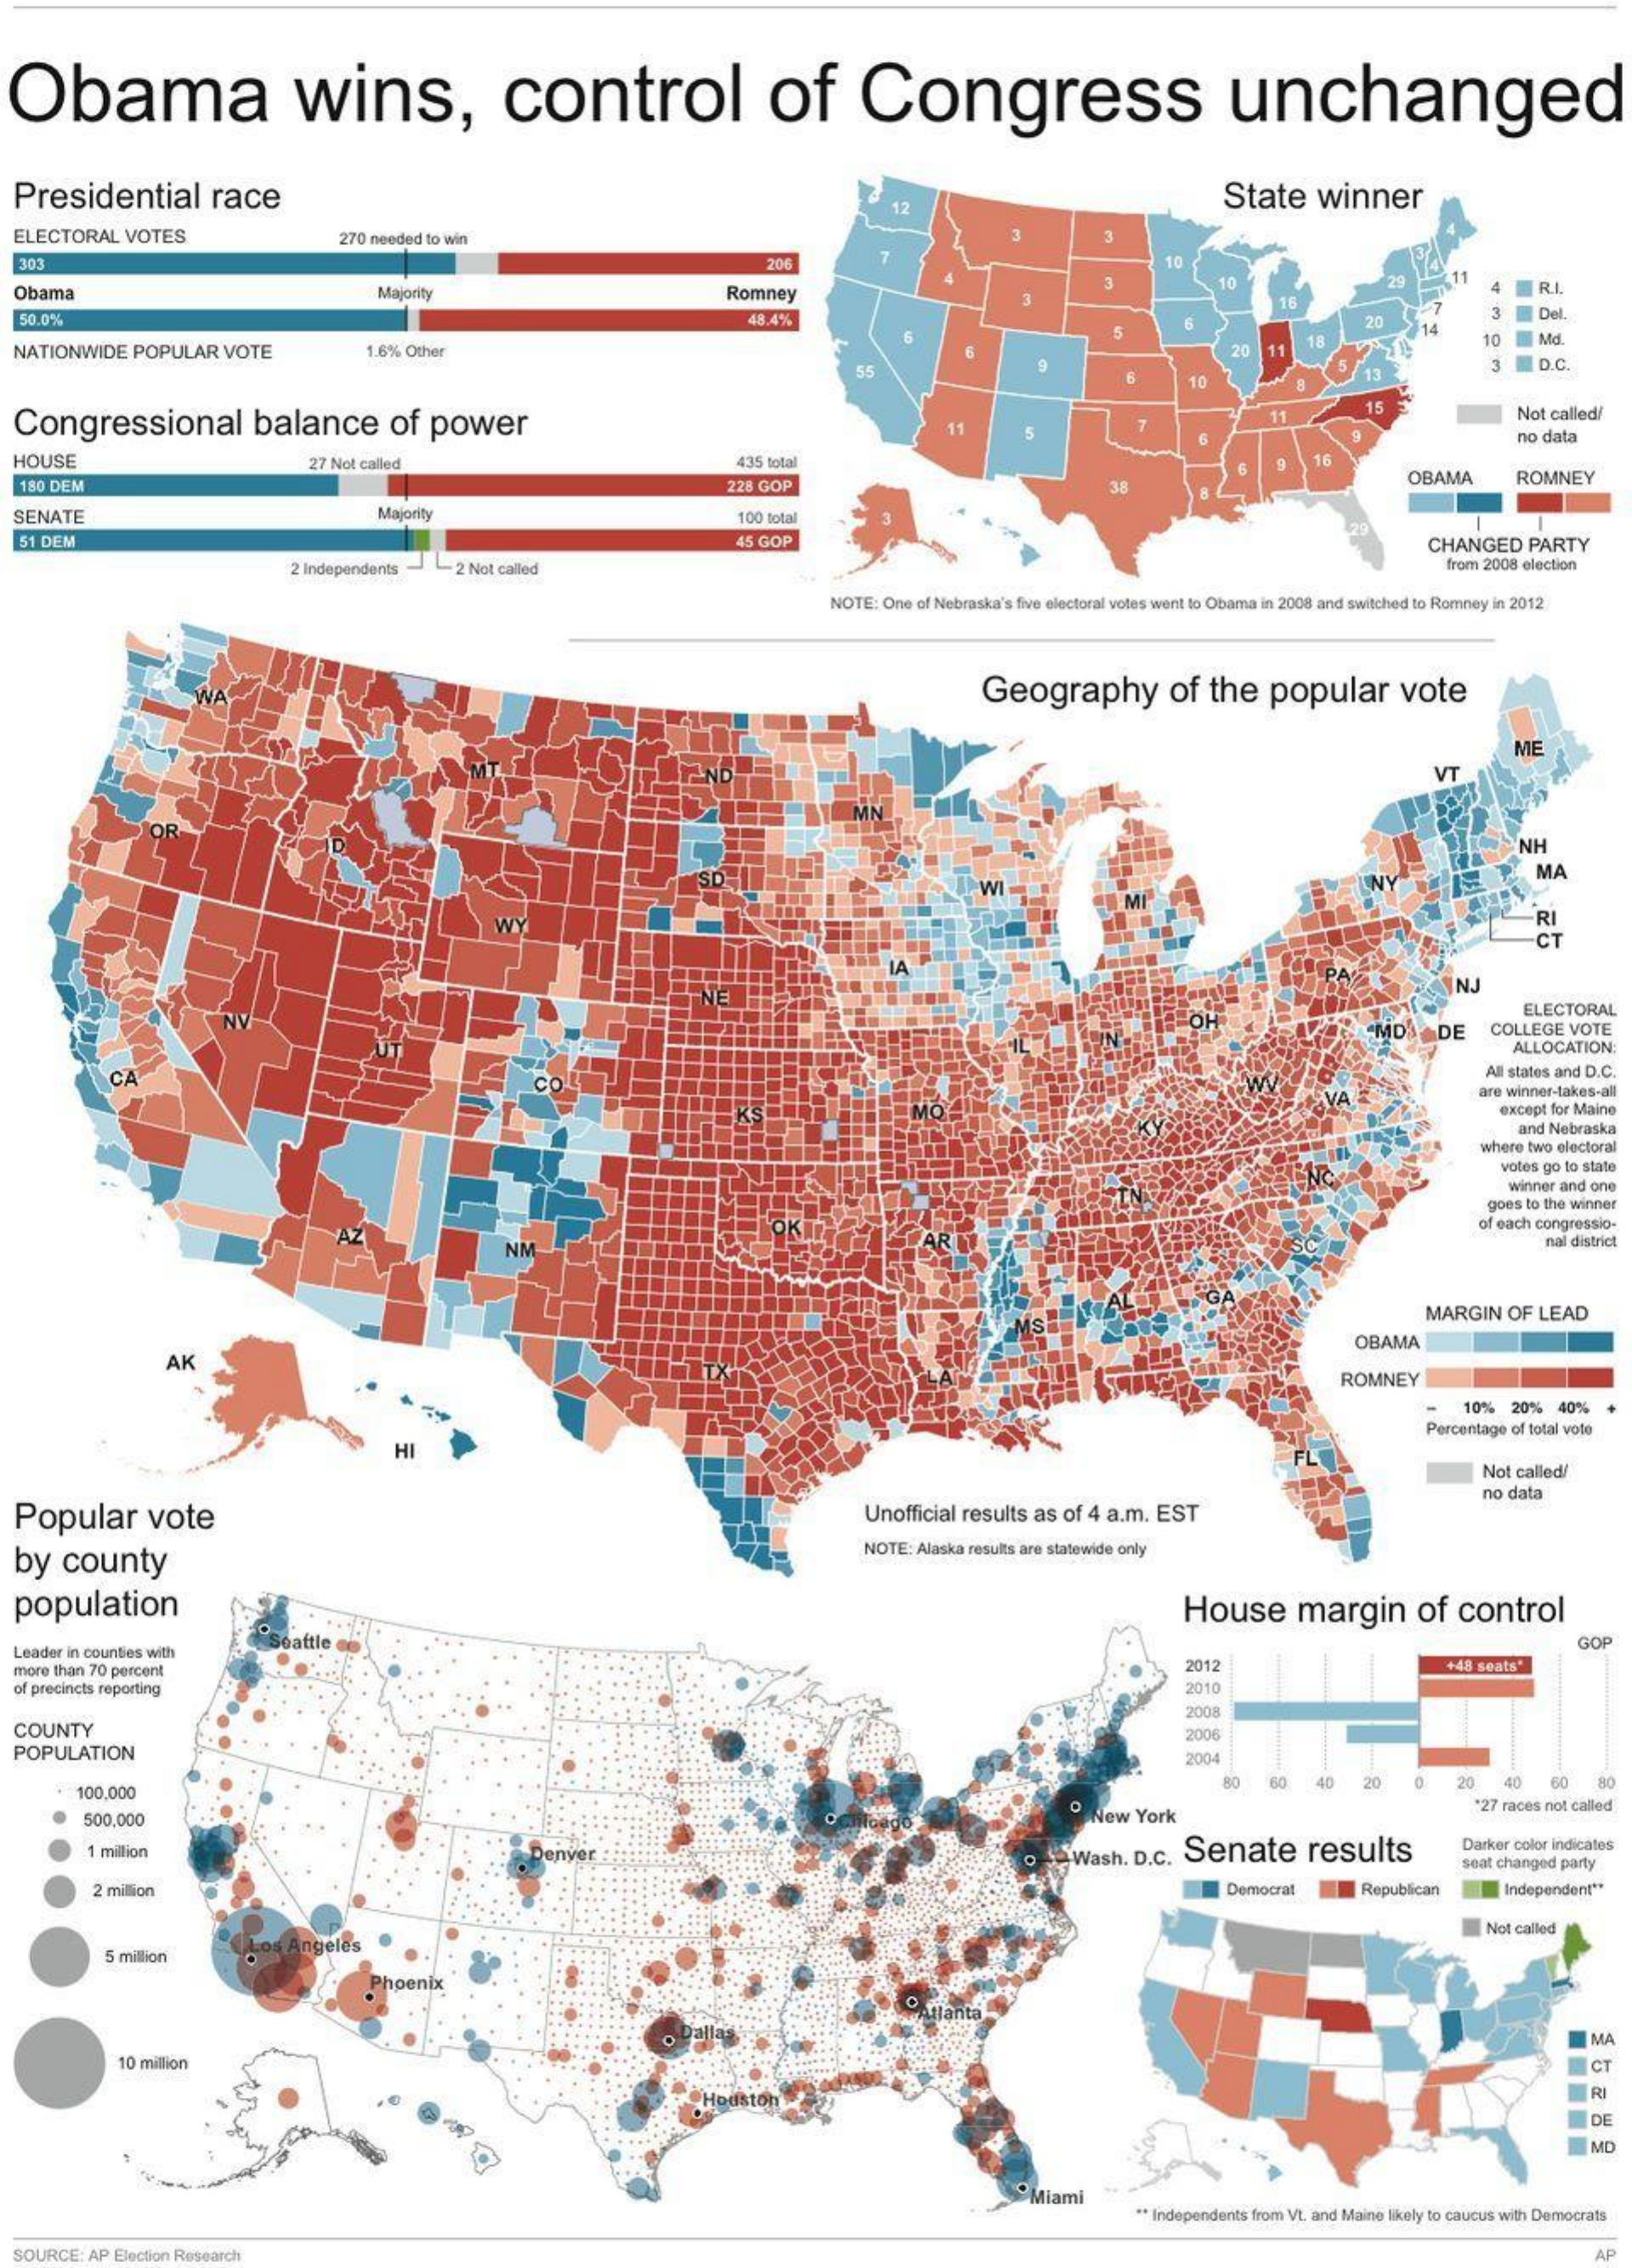
Obama    wins,    control    of    Congress    unchanged
  Presidential    race    State    winner
     12
  ELECTORAL   VOTES    270 needed to win
  303    204    10
  Obama    Majority    Romney
     3    10    RI
   50.0%    48.4%
     16
     20    3    Del.
  NATIONWIDE   POPULAR   VOTE
     5
     1.6% Other
     6
     20  11
     10
     55
     10    13
     D.C.
  Congressional    balance    of   power
     15
     11
     Not called/
     no data
  HOUSE    27 Not called    435 total    9   16
   180 DEM    228 GOP    OBAMA    ROMNEY
  SENATE    Majority    100 total
  51 DEM    45 GOP    CHANGED   PARTY
     2 Independents -2  Not called    from 2008 election
     NOTE: One of Nebraska's five electoral votes went to Obama in 2008 and switched to Romney in 2012
     Geography    of  the   popular    vote
     ME
     VT
     MN
     NH
     SD
     WI
     MA
     WY
     NJ
     ELECTORAL
     "MD    DE    COLLEGE  VOTE
     ALLOCATION:
     CA    All states and D.C.
     are winner-takes-al
     except for Maine
     and Nebraska
     where two electoral
     votes go to state
     winner and one
     goes to the winner
     of each congressio.
     NM    nal district
     MARGIN   OF  LEAD
     AK
     OBAMA
     ROMNEY
     10%  20%  40%
     Percentage of total voto
     HI
     Not called/
  Popular    vote    Unofficial results as of 4 a.m. EST
     no data
  by   county
     NOTE: Alaska results are statewide only
  population    House    margin    of   control
  Leader in counties with
     battle de    GOP
  more than 70 percent    2012    +48 seats'
  of precincts reporting    2010
  COUNTY
     2008
  POPULATION
     2006
     2004
     100.000
     60   40   20    20   40   60    80
     500,000    New  York    *27 races not called
     1 million    Denver    Wash.  D.c. Senate    results    Darker color indicates
     seat changed party
     2 million    Democrat    Republican    Independent""
     Not called
     5 million
     hoenix
     10 million    ICT
     I DE
     MD
     Miami
     ** Independents from VL and Maine likely to caucus with Democrats
  SOURCE:    Election Research    AP